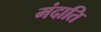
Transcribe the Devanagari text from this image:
मंदाति